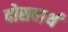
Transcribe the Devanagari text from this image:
दोसबार्थ